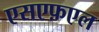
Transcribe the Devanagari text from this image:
एसएफ़एल